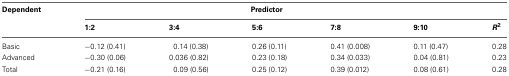
<table><thead><tr><td><b>Dependent</b></td><td colspan="5"><b>Predictor</b></td><td></td></tr><tr><td></td><td><b>1:2</b></td><td><b>3:4</b></td><td><b>5:6</b></td><td><b>7:8</b></td><td><b>9:10</b></td><td><b><i>R</i><sup>2</sup></b></td></tr></thead><tbody><tr><td>Basic</td><td>−0.12 (0.41)</td><td>0.14 (0.38)</td><td>0.26 (0.11)</td><td>0.41 (0.008)</td><td>0.11 (0.47)</td><td>0.28</td></tr><tr><td>Advanced</td><td>−0.30 (0.06)</td><td>0.036 (0.82)</td><td>0.23 (0.18)</td><td>0.34 (0.033)</td><td>0.04 (0.81)</td><td>0.23</td></tr><tr><td>Total</td><td>−0.21 (0.16)</td><td>0.09 (0.56)</td><td>0.25 (0.12)</td><td>0.39 (0.012)</td><td>0.08 (0.61)</td><td>0.28</td></tr></tbody></table>